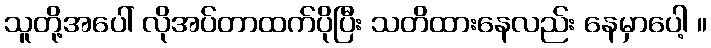
သူတို့အပေါ် လိုအပ်တာထက်ပိုပြီး သတိထားနေလည်း နေမှာပေါ့ ။